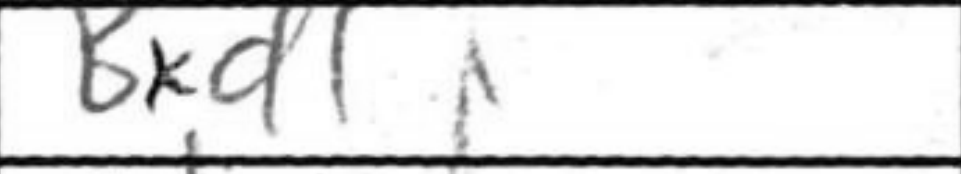
Transcription: Bxd1